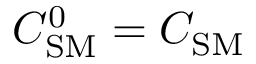
C _ { \mathrm { S M } } ^ { 0 } = C _ { \mathrm { S M } }